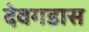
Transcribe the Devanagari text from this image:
देवगडास